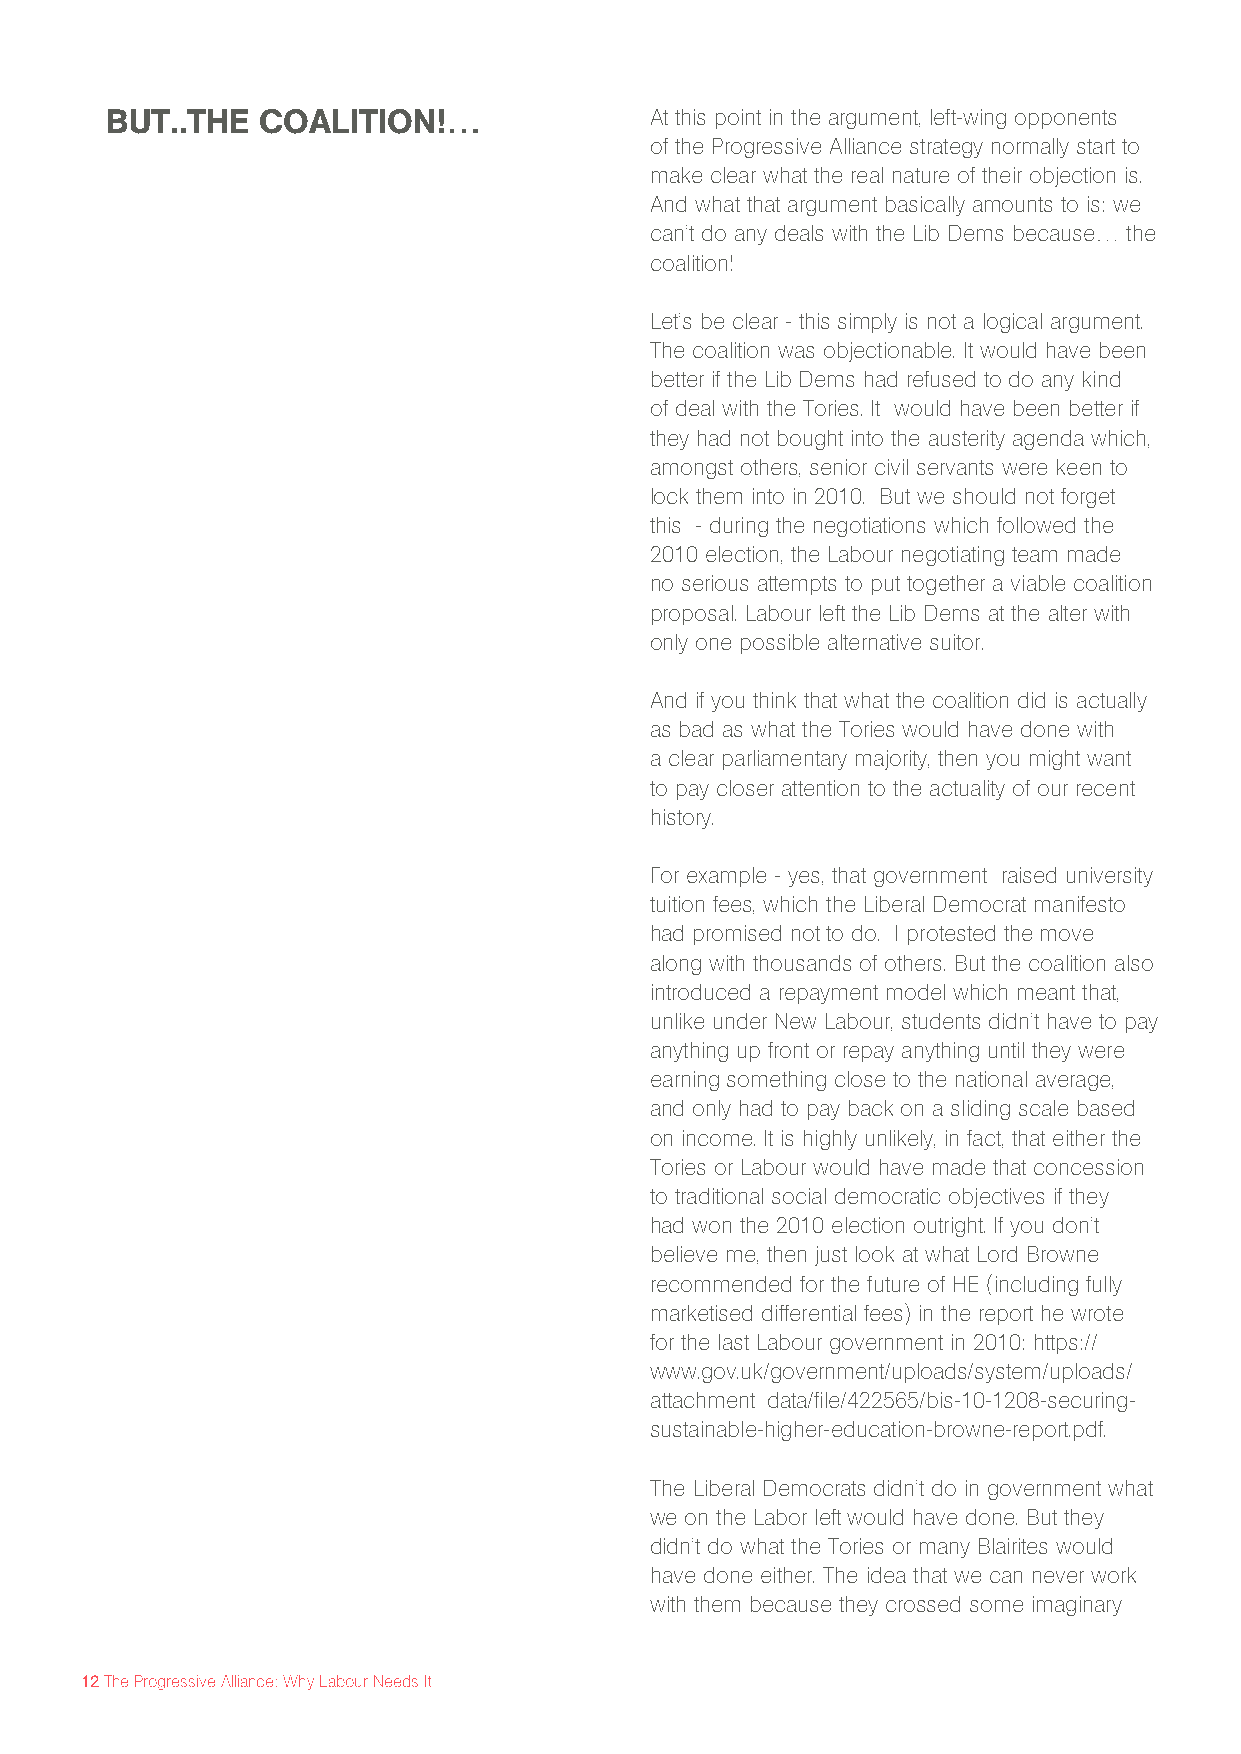
BUT..THE  COALITION!…               At this point in the argument, left-wing opponents
 of the Progressive Alliance strategy normally start to
 make clear what the real nature of their objection is.
 And what that argument basically amounts to is: we
 can’t do any deals with the Lib Dems because… the
 coalition!
 Let’s be clear - this simply is not a logical argument.
 The coalition was objectionable. It would have been
 better if the Lib Dems had refused to do any kind
 of deal with the Tories. It would have been better if
 they had not bought into the austerity agenda which,
 amongst others, senior civil servants were keen to
 lock them into in 2010. But we should not forget
 this - during the negotiations which followed the
 2010 election, the Labour negotiating team made
 no serious attempts to put together a viable coalition
 proposal. Labour left the Lib Dems at the alter with
 only one possible alternative suitor.
 And if you think that what the coalition did is actually
 as bad as what the Tories would have done with
 a clear parliamentary majority, then you might want
 to pay closer attention to the actuality of our recent
 history.
 For example - yes, that government raised university
 tuition fees, which the Liberal Democrat manifesto
 had promised not to do. I protested the move
 along with thousands of others. But the coalition also
 introduced a repayment model which meant that,
 unlike under New Labour, students didn’t have to pay
 anything up front or repay anything until they were
 earning something close to the national average,
 and only had to pay back on a sliding scale based
 on income. It is highly unlikely, in fact, that either the
 Tories or Labour would have made that concession
 to traditional social democratic objectives if they
 had won the 2010 election outright. If you don’t
 believe me, then just look at what Lord Browne
 recommended for the future of HE (including fully
 marketised differential fees) in the report he wrote
 for the last Labour government in 2010: https://
 www.gov.uk/government/uploads/system/uploads/
 attachment_data/file/422565/bis-10-1208-securing-
 sustainable-higher-education-browne-report.pdf.
 The Liberal Democrats didn’t do in government what
 we on the Labor left would have done. But they
 didn’t do what the Tories or many Blairites would
 have done either. The idea that we can never work
 with them because they crossed some imaginary
 12 The Progressive Alliance: Why Labour Needs It